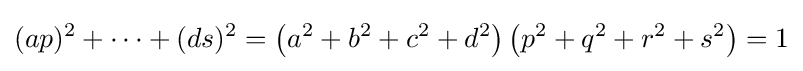
(ap)^{2}+\cdots +(ds)^{2}=\left(a^{2}+b^{2}+c^{2}+d^{2}\right)\left(p^{2}+q^{2}+r^{2}+s^{2}\right)=1